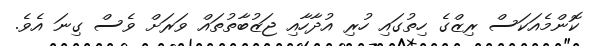
ކޮންމެއަކަސް ރިޒްގެ ހިތުގައި ހުރި އުދާހާއި ޖަޒުބާތުތައް ވަރަށް ވެސް ގިނަ އެވެ.